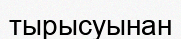
тырысуынан